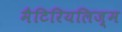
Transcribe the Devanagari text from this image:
मैटिरियलिज़्म